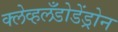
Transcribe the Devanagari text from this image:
क्लेव्हलँडोडेंड्रोन